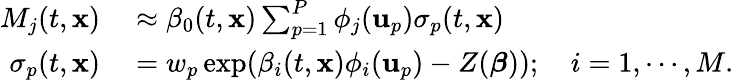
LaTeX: \begin{array}{rl}{M_{j}(t,\mathbf{x})}&{{}\approx\beta_{0}(t,\mathbf{x})\sum_{p=1}^{P}\phi_{j}(\mathbf{u}_{p})\sigma_{p}(t,\mathbf{x})}\\ {\sigma_{p}(t,\mathbf{x})}&{{}=w_{p}\exp(\beta_{i}(t,\mathbf{x})\phi_{i}(\mathbf{u}_{p})-Z(\boldsymbol{\beta}));\quad i=1,\cdots,M.}\end{array}